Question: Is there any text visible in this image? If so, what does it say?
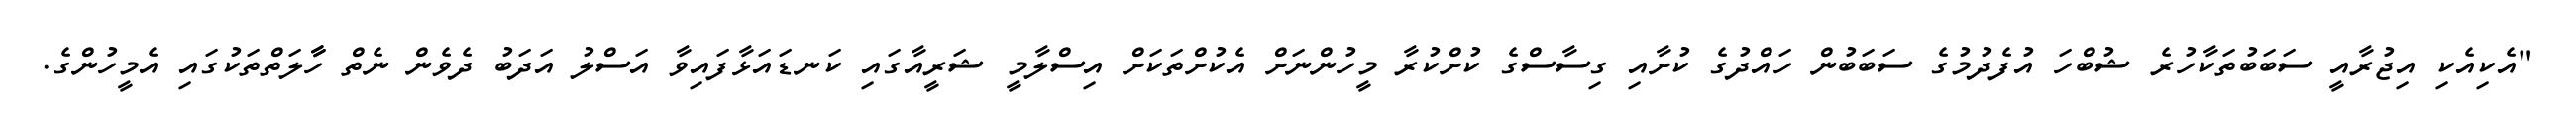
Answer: "އެކިއެކި އިޖުރާއީ ސަބަބުތަކާހުރެ ޝުބްހަ އުފެދުމުގެ ސަބަބުން ހައްދުގެ ކުށާއި ގިސާސްގެ ކުށްކުރާ މީހުންނަށް އެކުށްތަކަށް އިސްލާމީ ޝަރީއާގައި ކަނޑައަޅާފައިވާ އަސްލު އަދަބު ދެވެން ނެތް ހާާލަތްތަކުގައި އެމީހުންގެ.